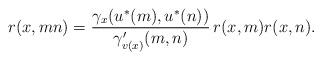
LaTeX: \begin{align*} r(x,mn) = \frac{\gamma_x(u^*(m),u^*(n))}{\gamma'_{v(x)}(m,n)}\,r(x,m)r(x,n). \end{align*}